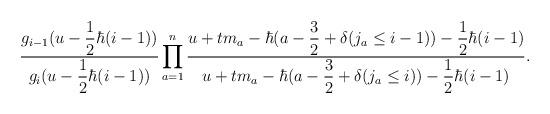
LaTeX: \begin{align*} \dfrac{g_{i-1}(u - \dfrac{1}{2}\hbar(i-1))}{g_i(u - \dfrac{1}{2}\hbar(i-1))} \prod_{a=1}^n \dfrac{u + tm_a - \hbar(a - \dfrac{3}{2} + \delta( j_a \leq i-1 )) - \dfrac{1}{2}\hbar(i-1)}{u + tm_a - \hbar(a - \dfrac{3}{2} + \delta( j_a \leq i)) - \dfrac{1}{2}\hbar(i-1)}. \end{align*}